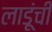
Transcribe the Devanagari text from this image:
लाडूंची